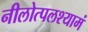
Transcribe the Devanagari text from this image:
नीलोत्पलश्यामं